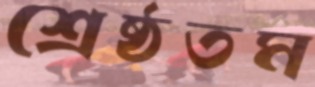
শ্রেষ্ঠতম